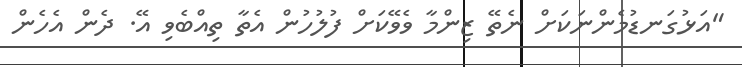
"އަޅުގަނޑުމެންނަކަށް ނެތޭ ޒިންމާ ވެވޭކަށް ފުލުހުން އެތާ ތިއްބެވި އޭ. ދެން އެހެން